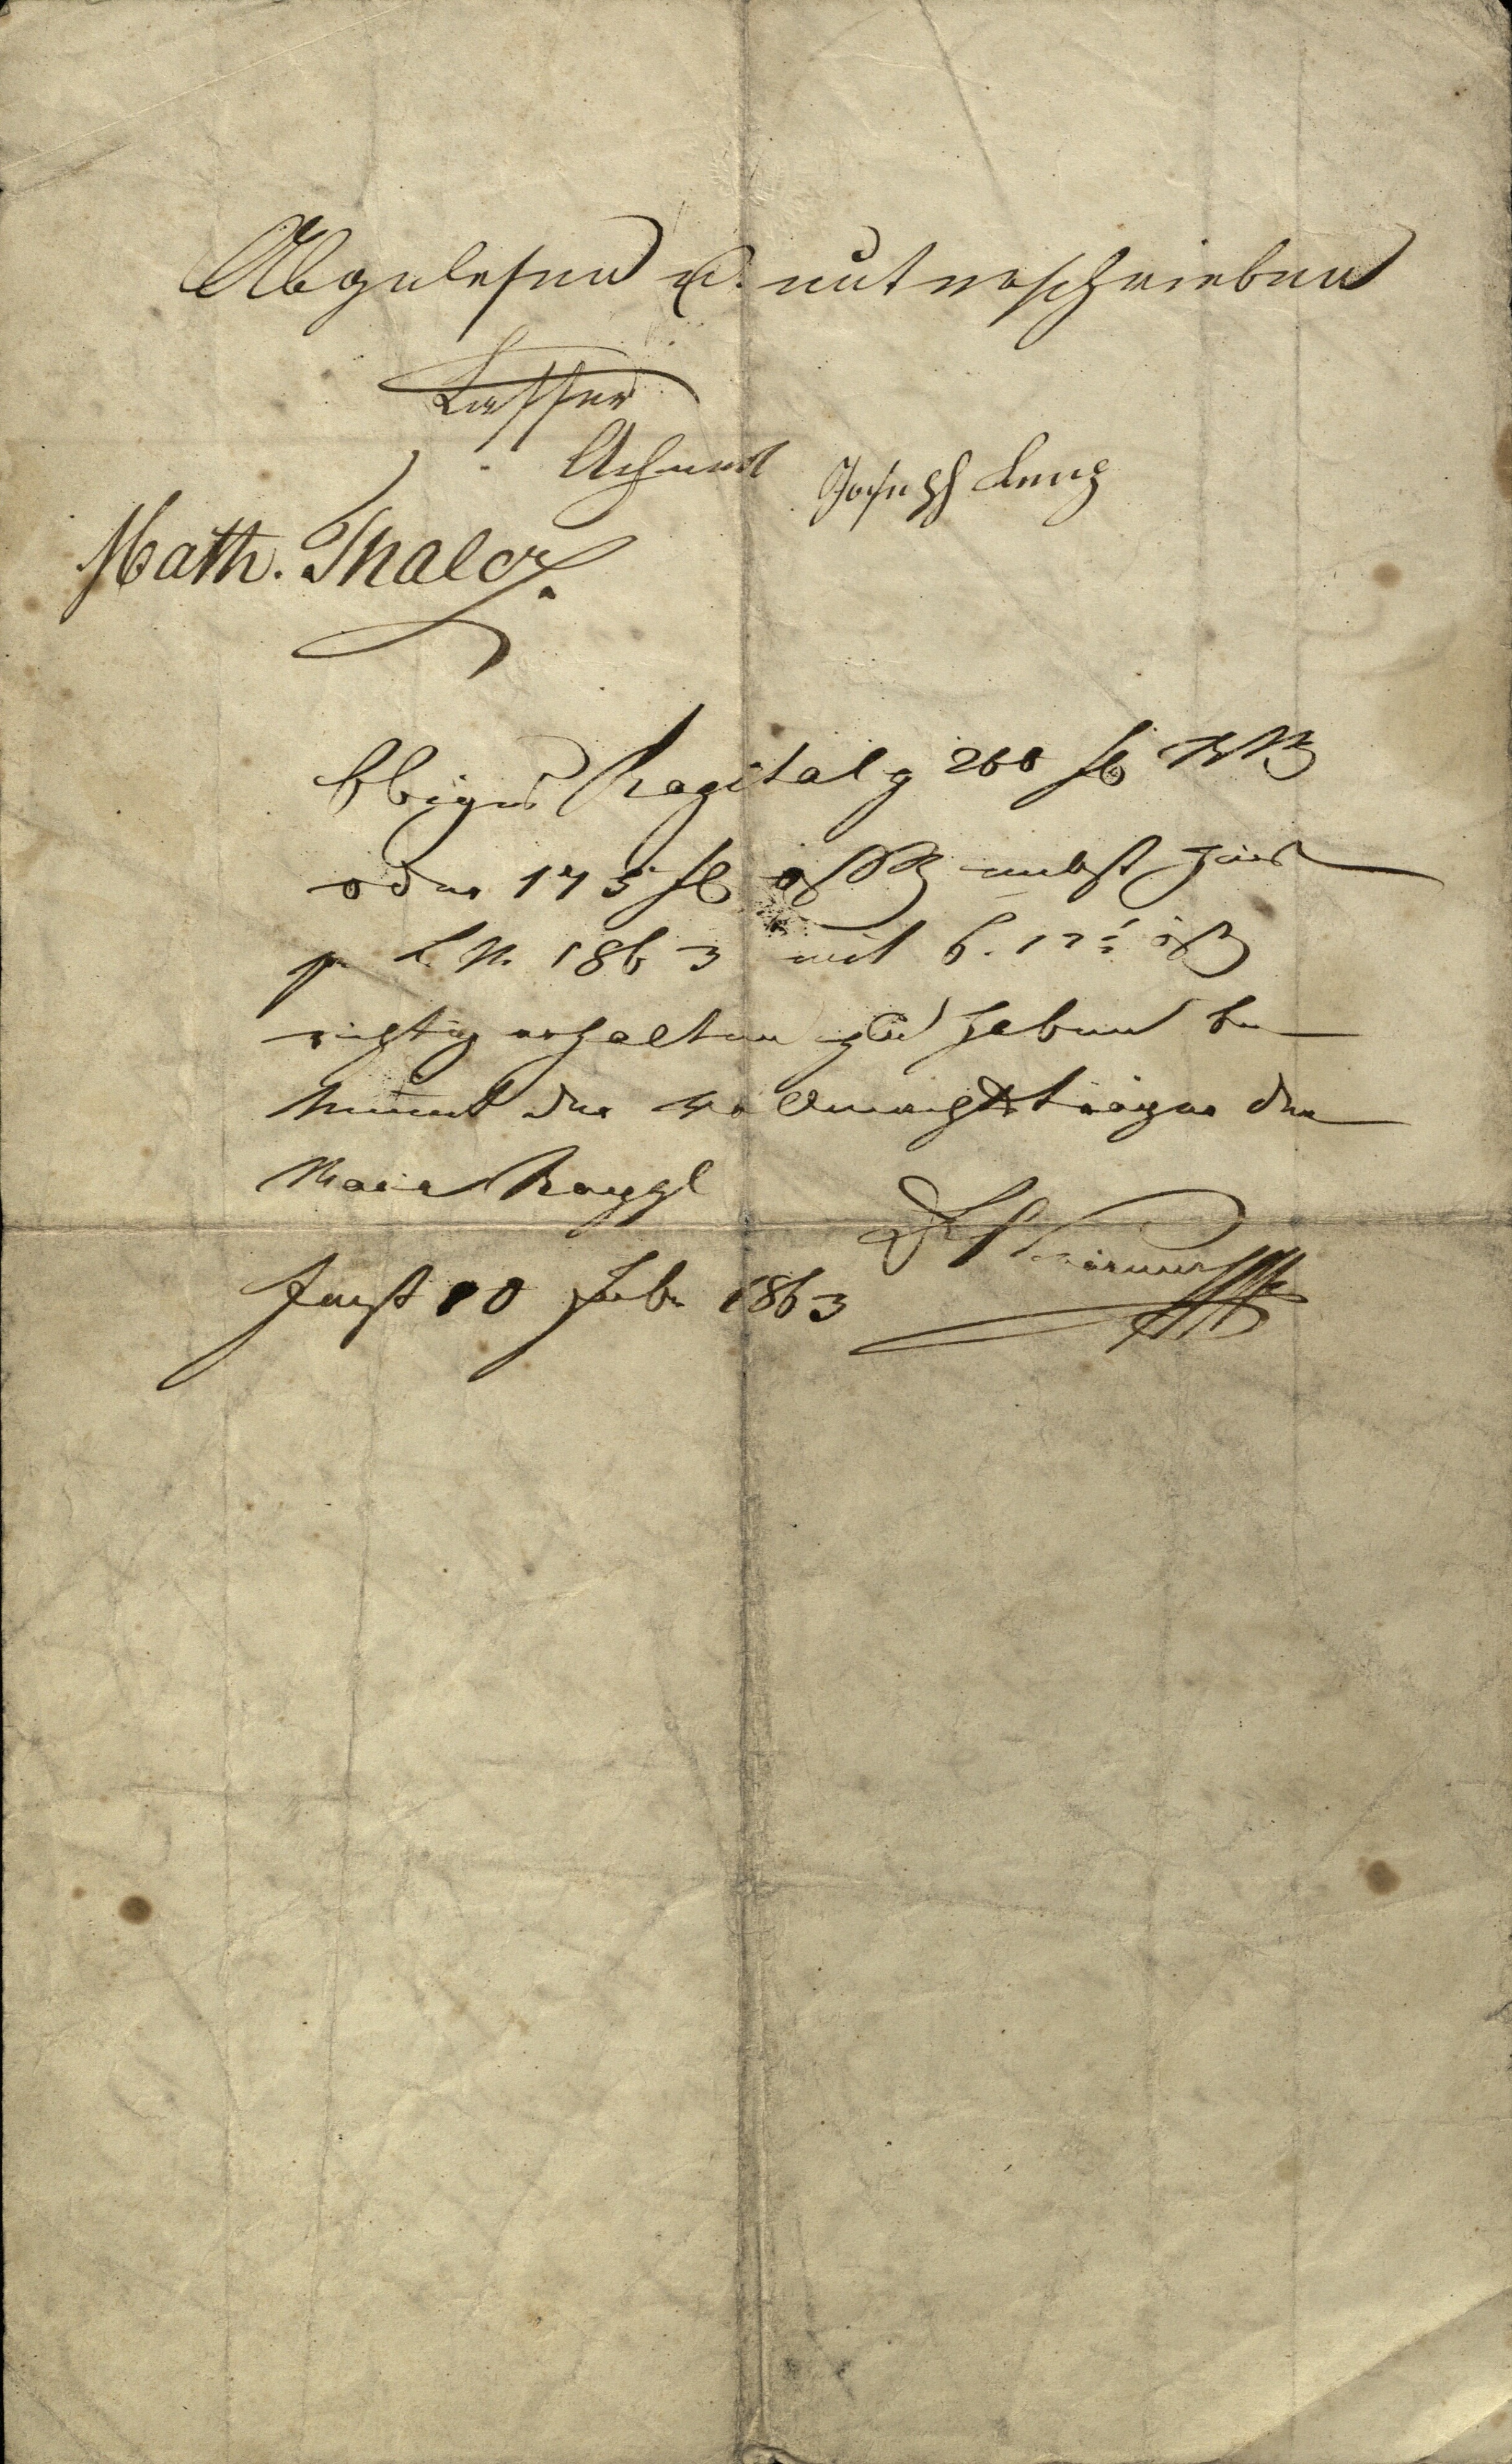
Abgelesen u. unterschrieben
Lasser
Achmed
Joseph Lenz
Math. Thaler.
Obiges Kapital p 200 fl RW
oder 175 fl östW nebst Zinsen
pr LM 1863 mit 6.12½ östW
richtig erhalten zu haben be¬
kennet der Vollmachtträger der
Maria Raggl
Dr C Schärmer mp
Imst 10 Feb 1863